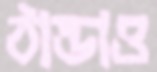
ঠান্ডাও